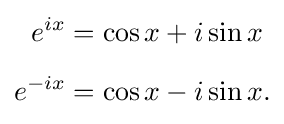
{\begin{aligned}e^{ix}&=\cos x+i\sin x\\[5pt]e^{-ix}&=\cos x-i\sin x.\end{aligned}}